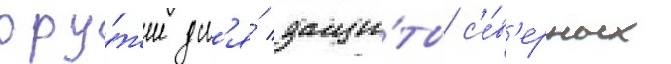
ору́жие дл'я́ защи́ты с'е́в'ерных